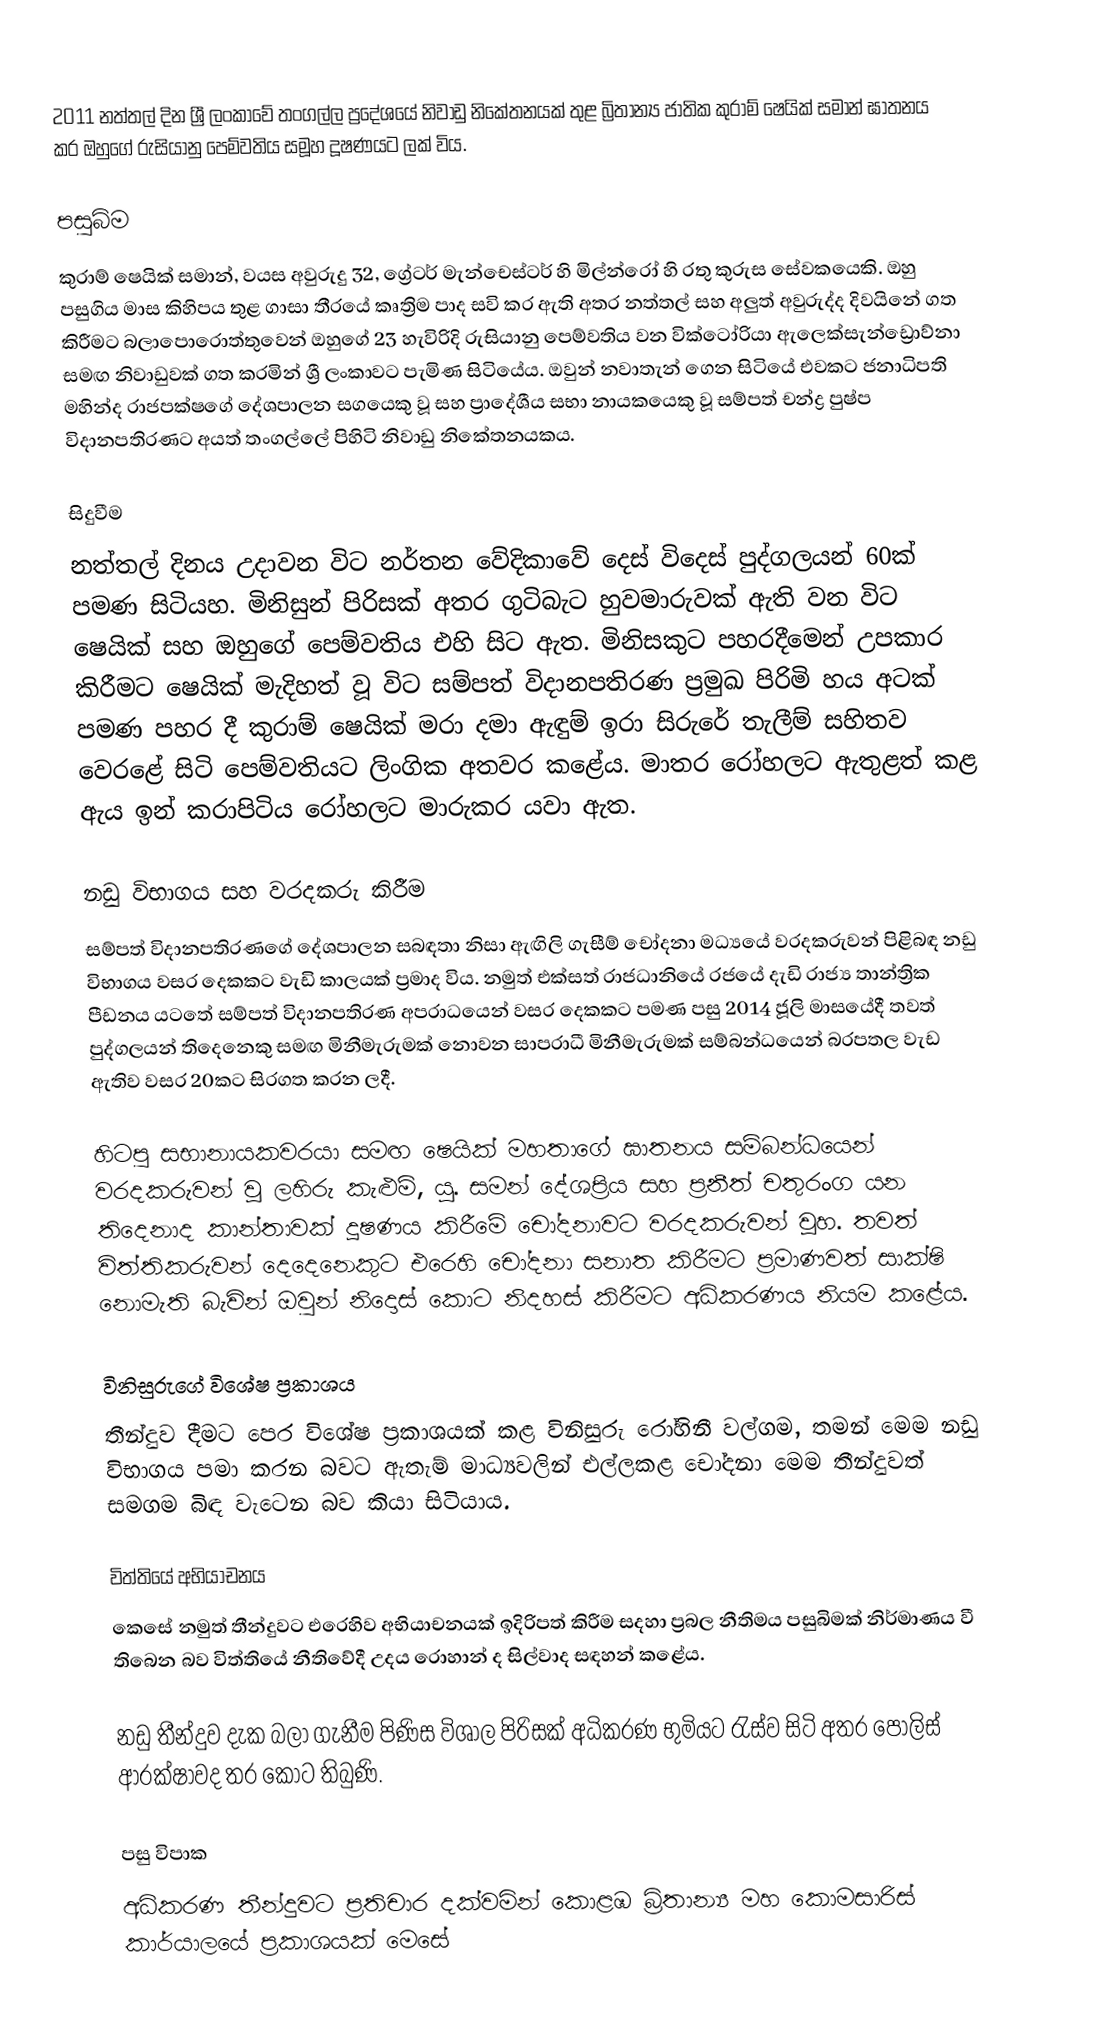
2011 නත්තල් දින ශ්‍රී ලංකාවේ තංගල්ල ප්‍රදේශයේ නිවාඩු නිකේතනයක් තුළ බ්‍රිතාන්‍ය ජාතික කුරාම් ෂෙයික් සමාන් ඝාතනය කර ඔහුගේ රුසියානු පෙම්වතිය සමූහ දූෂණයට ලක් විය.

පසුබිම
කුරාම් ෂෙයික් සමාන්, වයස අවුරුදු 32, ග්‍රේටර් මැන්චෙස්ටර් හි මිල්න්රෝ හි රතු කුරුස සේවකයෙකි. ඔහු පසුගිය මාස කිහිපය තුළ ගාසා තීරයේ කෘත්‍රිම පාද සවි කර ඇති අතර නත්තල් සහ අලුත් අවුරුද්ද දිවයිනේ ගත කිරීමට බලාපොරොත්තුවෙන් ඔහුගේ 23 හැවිරිදි රුසියානු පෙම්වතිය වන වික්ටෝරියා ඇලෙක්සැන්ඩ්‍රොව්නා සමඟ නිවාඩුවක් ගත කරමින් ශ්‍රී ලංකාවට පැමිණ සිටියේය. ඔවුන් නවාතැන් ගෙන සිටියේ එවකට ජනාධිපති මහින්ද රාජපක්ෂගේ දේශපාලන සගයෙකු වූ සහ ප්‍රාදේශීය සභා නායකයෙකු වූ සම්පත් චන්ද්‍ර පුෂ්ප විදානපතිරණට අයත් තංගල්ලේ පිහිටි නිවාඩු නිකේතනයකය.

සිදුවීම
නත්තල් දිනය උදාවන විට නර්තන වේදිකාවේ දෙස් විදෙස් පුද්ගලයන් 60ක් පමණ සිටියහ. මිනිසුන් පිරිසක් අතර ගුටිබැට හුවමාරුවක් ඇති වන විට ෂෙයික් සහ ඔහුගේ පෙම්වතිය එහි සිට ඇත. මිනිසකුට පහරදීමෙන් උපකාර කිරීමට ෂෙයික් මැදිහත් වූ විට සම්පත් විදානපතිරණ ප්‍රමුඛ පිරිමි හය අටක් පමණ පහර දී කුරාම් ෂෙයික් මරා දමා ඇඳුම් ඉරා සිරුරේ තැලීම් සහිතව වෙරළේ සිටි පෙම්වතියට ලිංගික අතවර කළේය. මාතර රෝහලට ඇතුළත් කළ ඇය ඉන් කරාපිටිය රෝහලට මාරුකර යවා ඇත.

නඩු විභාගය සහ වරදකරු කිරීම
සම්පත් විදානපතිරණගේ දේශපාලන සබඳතා නිසා ඇඟිලි ගැසීම් චෝදනා මධ්‍යයේ වරදකරුවන් පිළිබඳ නඩු විභාගය වසර දෙකකට වැඩි කාලයක් ප්‍රමාද විය. නමුත් එක්සත් රාජධානියේ රජයේ දැඩි රාජ්‍ය තාන්ත්‍රික පීඩනය යටතේ සම්පත් විදානපතිරණ අපරාධයෙන් වසර දෙකකට පමණ පසු 2014 ජූලි මාසයේදී තවත් පුද්ගලයන් තිදෙනෙකු සමඟ මිනීමැරුමක් නොවන සාපරාධී මිනීමැරුමක් සම්බන්ධයෙන් බරපතල වැඩ ඇතිව වසර 20කට සිරගත කරන ලදී.

හිටපු සභානායකවරයා සමඟ ෂෙයික් මහතාගේ ඝාතනය සම්බන්ධයෙන් වරදකරුවන් වූ ලහිරු කැළුම්, යූ. සමන් දේශප්‍රිය සහ ප්‍රනීත් චතුරංග යන තිදෙනාද කාන්තාවක් දූෂණය කිරීමේ චෝදනාවට වරදකරුවන් වූහ. තවත් විත්තිකරුවන් දෙදෙනෙකුට එරෙහි චෝදනා සනාත කිරීමට ප්‍රමාණවත් සාක්ෂි නොමැති බැවින් ඔවුන් නිදොස් කොට නිදහස් කිරීමට අධිකරණය නියම කළේය.

විනිසුරුගේ විශේෂ ප්‍රකාශය
තීන්දුව දීමට පෙර විශේෂ ප්‍රකාශයක් කළ විනිසුරු රෝහිනී වල්ගම, තමන් මෙම නඩු විභාගය පමා කරන බවට ඇතැම් මාධ්‍යවලින් එල්ලකළ චෝදනා මෙම තීන්දුවත් සමගම බිඳ වැටෙන බව කියා සිටියාය.

විත්තියේ අභියාචනය
කෙසේ නමුත් තීන්දුවට එරෙහිව අභියාචනයක් ඉදිරිපත් කිරීම සදහා ප්‍රබල නීතිමය පසුබිමක් නිර්මාණය වී තිබෙන බව විත්තියේ නීතිවේදී උදය රොහාන් ද සිල්වාද සඳහන් කළේය.

නඩු තීන්දුව දැක බලා ගැනීම පිණිස විශාල පිරිසක් අධිකරණ භුමියට රැස්ව සිටි අතර පොලිස් ආරක්ෂාවද තර කොට තිබුණි.

පසු විපාක
අධිකරණ තීන්දුවට ප්‍රතිචාර දක්වමින් කොළඹ බ්‍රිතාන්‍ය මහ කොමසාරිස් කාර්යාලයේ ප්‍රකාශයක් මෙසේ